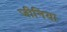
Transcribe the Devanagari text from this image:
जीनिया